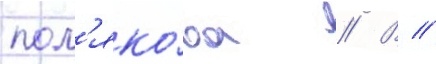
пол'яко́ва // В //